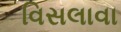
વિસલાવા